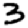
Digit: 3